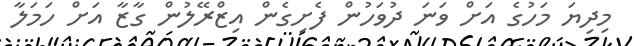
މިދިޔަ މަހުގެ އަށް ވަނަ ދުވަހުން ފެށިގެން އިޒްރޭލުން ގާޒާ އަށް ހަމަލާ